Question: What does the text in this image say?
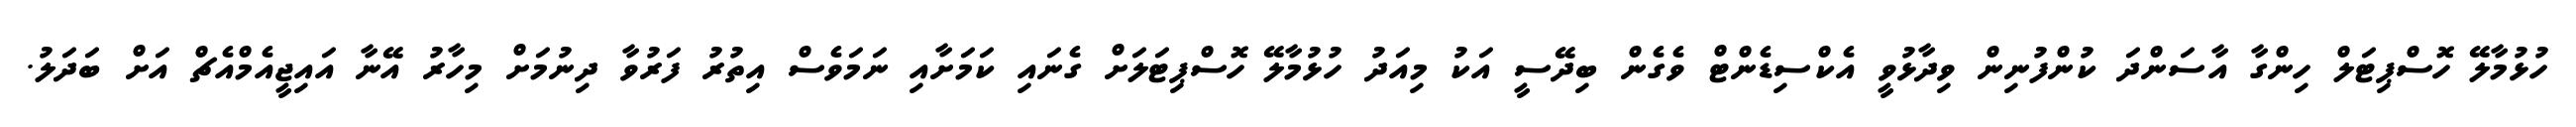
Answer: ހުޅުމާލޭ ހޮސްޕިޓަލް ހިންގާ އާސަންދަ ކުންފުނިން ވިދާޅުވީ އެކްސިޑެންޓް ވެގެން ބިދޭސީ އަކު މިއަދު ހުޅުމާލޭ ހޮސްޕިޓަލަށް ގެނައި ކަމަށާއި ނަމަވެސް އިތުރު ފަރުވާ ދިނުމަށް މިހާރު އޭނާ އައިޖީއެމްއެޗް އަށް ބަދަލު.